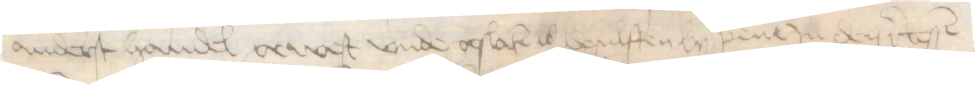
anderst handel gewest vnde geslaten is desulften by pene Jn den recessen